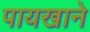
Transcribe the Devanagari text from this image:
पायखाने